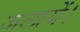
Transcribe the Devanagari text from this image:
जलायें।